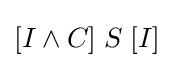
[I\land C]\;S\;[I]